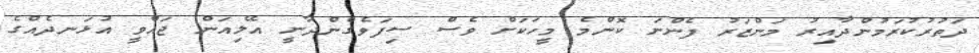
ދަތުރުކުރަމުންދާއިރު މަންޒަރު ފެންނަ ކޮންމެ މީހަކަށް ވެސް ސިފަވެގެންދާނީ އޭލިއަން ޖައްވީ އުޅަނދެއްގެ